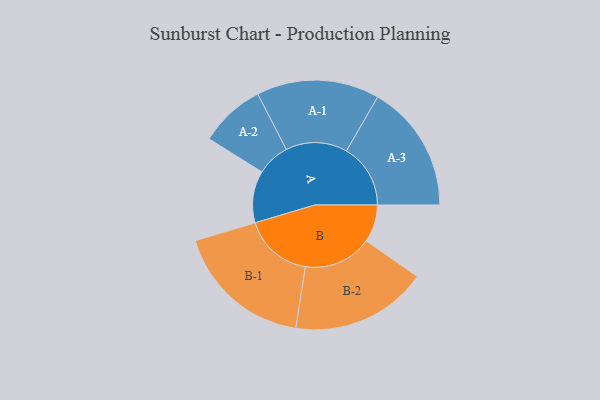
{"axis": {"x": "Segment", "y": "Value"}, "legend": ["", "A", "B"], "data": [{"x": "A", "y": 218, "type": ""}, {"x": "B", "y": 157, "type": ""}, {"x": "A-1", "y": 258, "type": "A"}, {"x": "A-2", "y": 138, "type": "A"}, {"x": "A-3", "y": 269, "type": "A"}, {"x": "B-1", "y": 290, "type": "B"}, {"x": "B-2", "y": 287, "type": "B"}]}